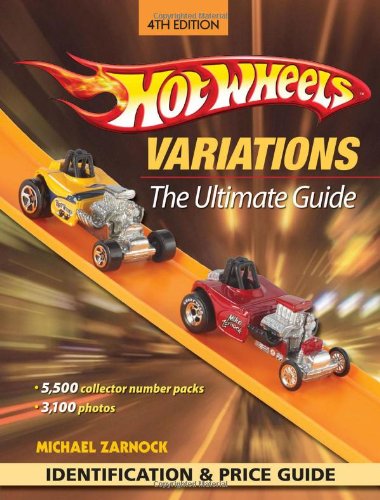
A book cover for Hot Wheels Variations: The Ultimate Guide; Michael Zarnock; Humor & Entertainment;